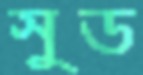
সুড